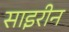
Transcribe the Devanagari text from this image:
साइरीन